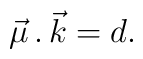
{\vec \mu} \, . \, {\vec k} = d.